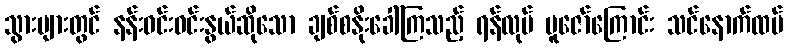
သွားများတွင် နန်းဝင်းဝင်းနွယ်ဆိုသော ချစ်စနိုးခေါ်ကြသည့် ရန်လုပ် ပူဇော်ကြောင်း သင်နောက်ထပ်